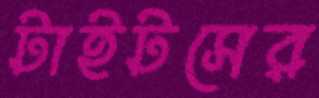
টাইটসের